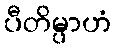
ပီတိမ္ပာဟံ